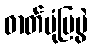
ဓာတ်ပုံပြပွဲ